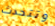
وتتحدث